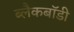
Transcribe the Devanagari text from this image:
ब्लैकबॉडी